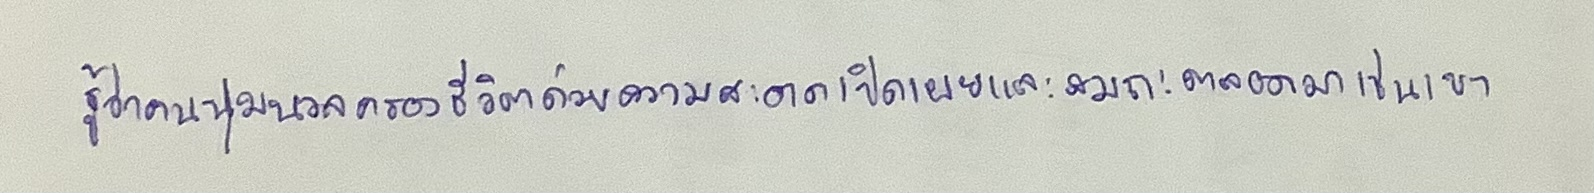
รู้ว่าคนนุ่มนวลครองชีวิตด้วยความสะอาดเปิดเผยและสมถะตลอดมาเช่นเขา